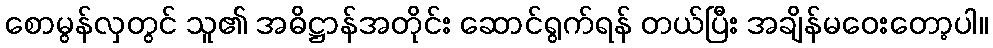
စောမွန်လှတွင် သူ၏ အဓိဋ္ဌာန်အတိုင်း ဆောင်ရွက်ရန် တယ်ပြီး အချိန်မဝေးတော့ပါ။